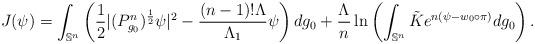
LaTeX: \begin{align*}J(\psi)=\int_{\mathbb{S}^n}\left(\frac{1}{2}|(P_{g_0}^n)^{\frac{1}{2}}\psi|^{2}-\frac{(n-1)!\Lambda}{\Lambda_1} \psi\right)dg_0+ \frac{\Lambda}{n}\ln \left(\int_{\mathbb{S}^n}\tilde{K}e^{n(\psi-w_0\circ \pi)}dg_0\right).\end{align*}